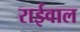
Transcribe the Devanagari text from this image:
राईवाल